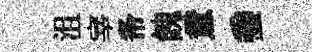
沮宰𢁙餽意埀